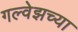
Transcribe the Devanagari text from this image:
गल्वेझच्या